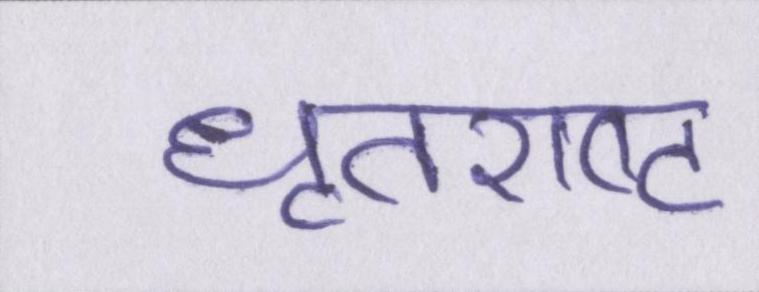
धॄतराष्ट्र